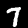
Digit: 7